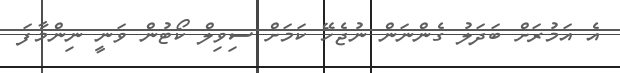
އެ އަމުރަށް ބަދަލު ގެންނަން ނުޖެހޭ ކަމަށް ސިވިލް ކޯޓުން ވަނީ ނިންމާފަ